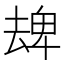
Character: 𠬈